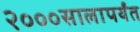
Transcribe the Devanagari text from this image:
२०००सालापर्यंत